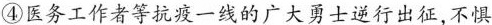
④医务工作者等抗疫一线的广大勇士逆行出征，不惧